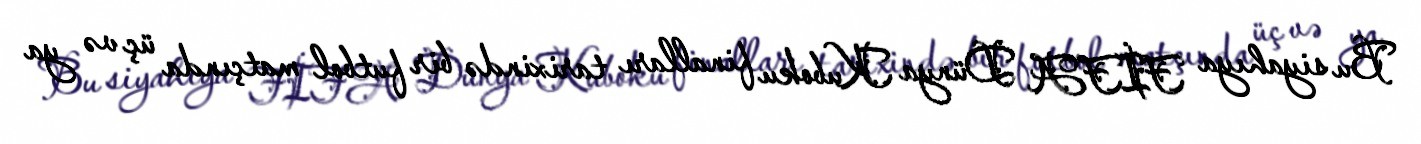
Bu siyahıya FİFA Dünya Kuboku finalları tarixində bir futbol matçında üç və ya